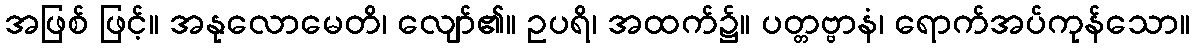
အဖြစ် ဖြင့်။ အနုလောမေတိ၊ လျော်၏။ ဥပရိ၊ အထက်၌။ ပတ္တဗ္ဗာနံ၊ ရောက်အပ်ကုန်သော။